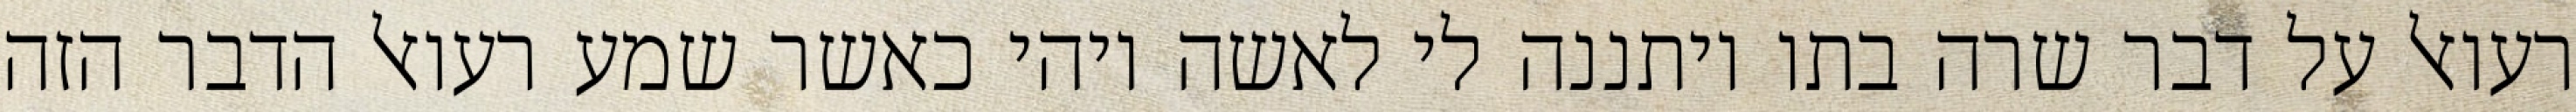
רעואל על דבר שרה בתו ויתננה לי לאשה ויהי כאשר שמע רעואל הדבר הזה